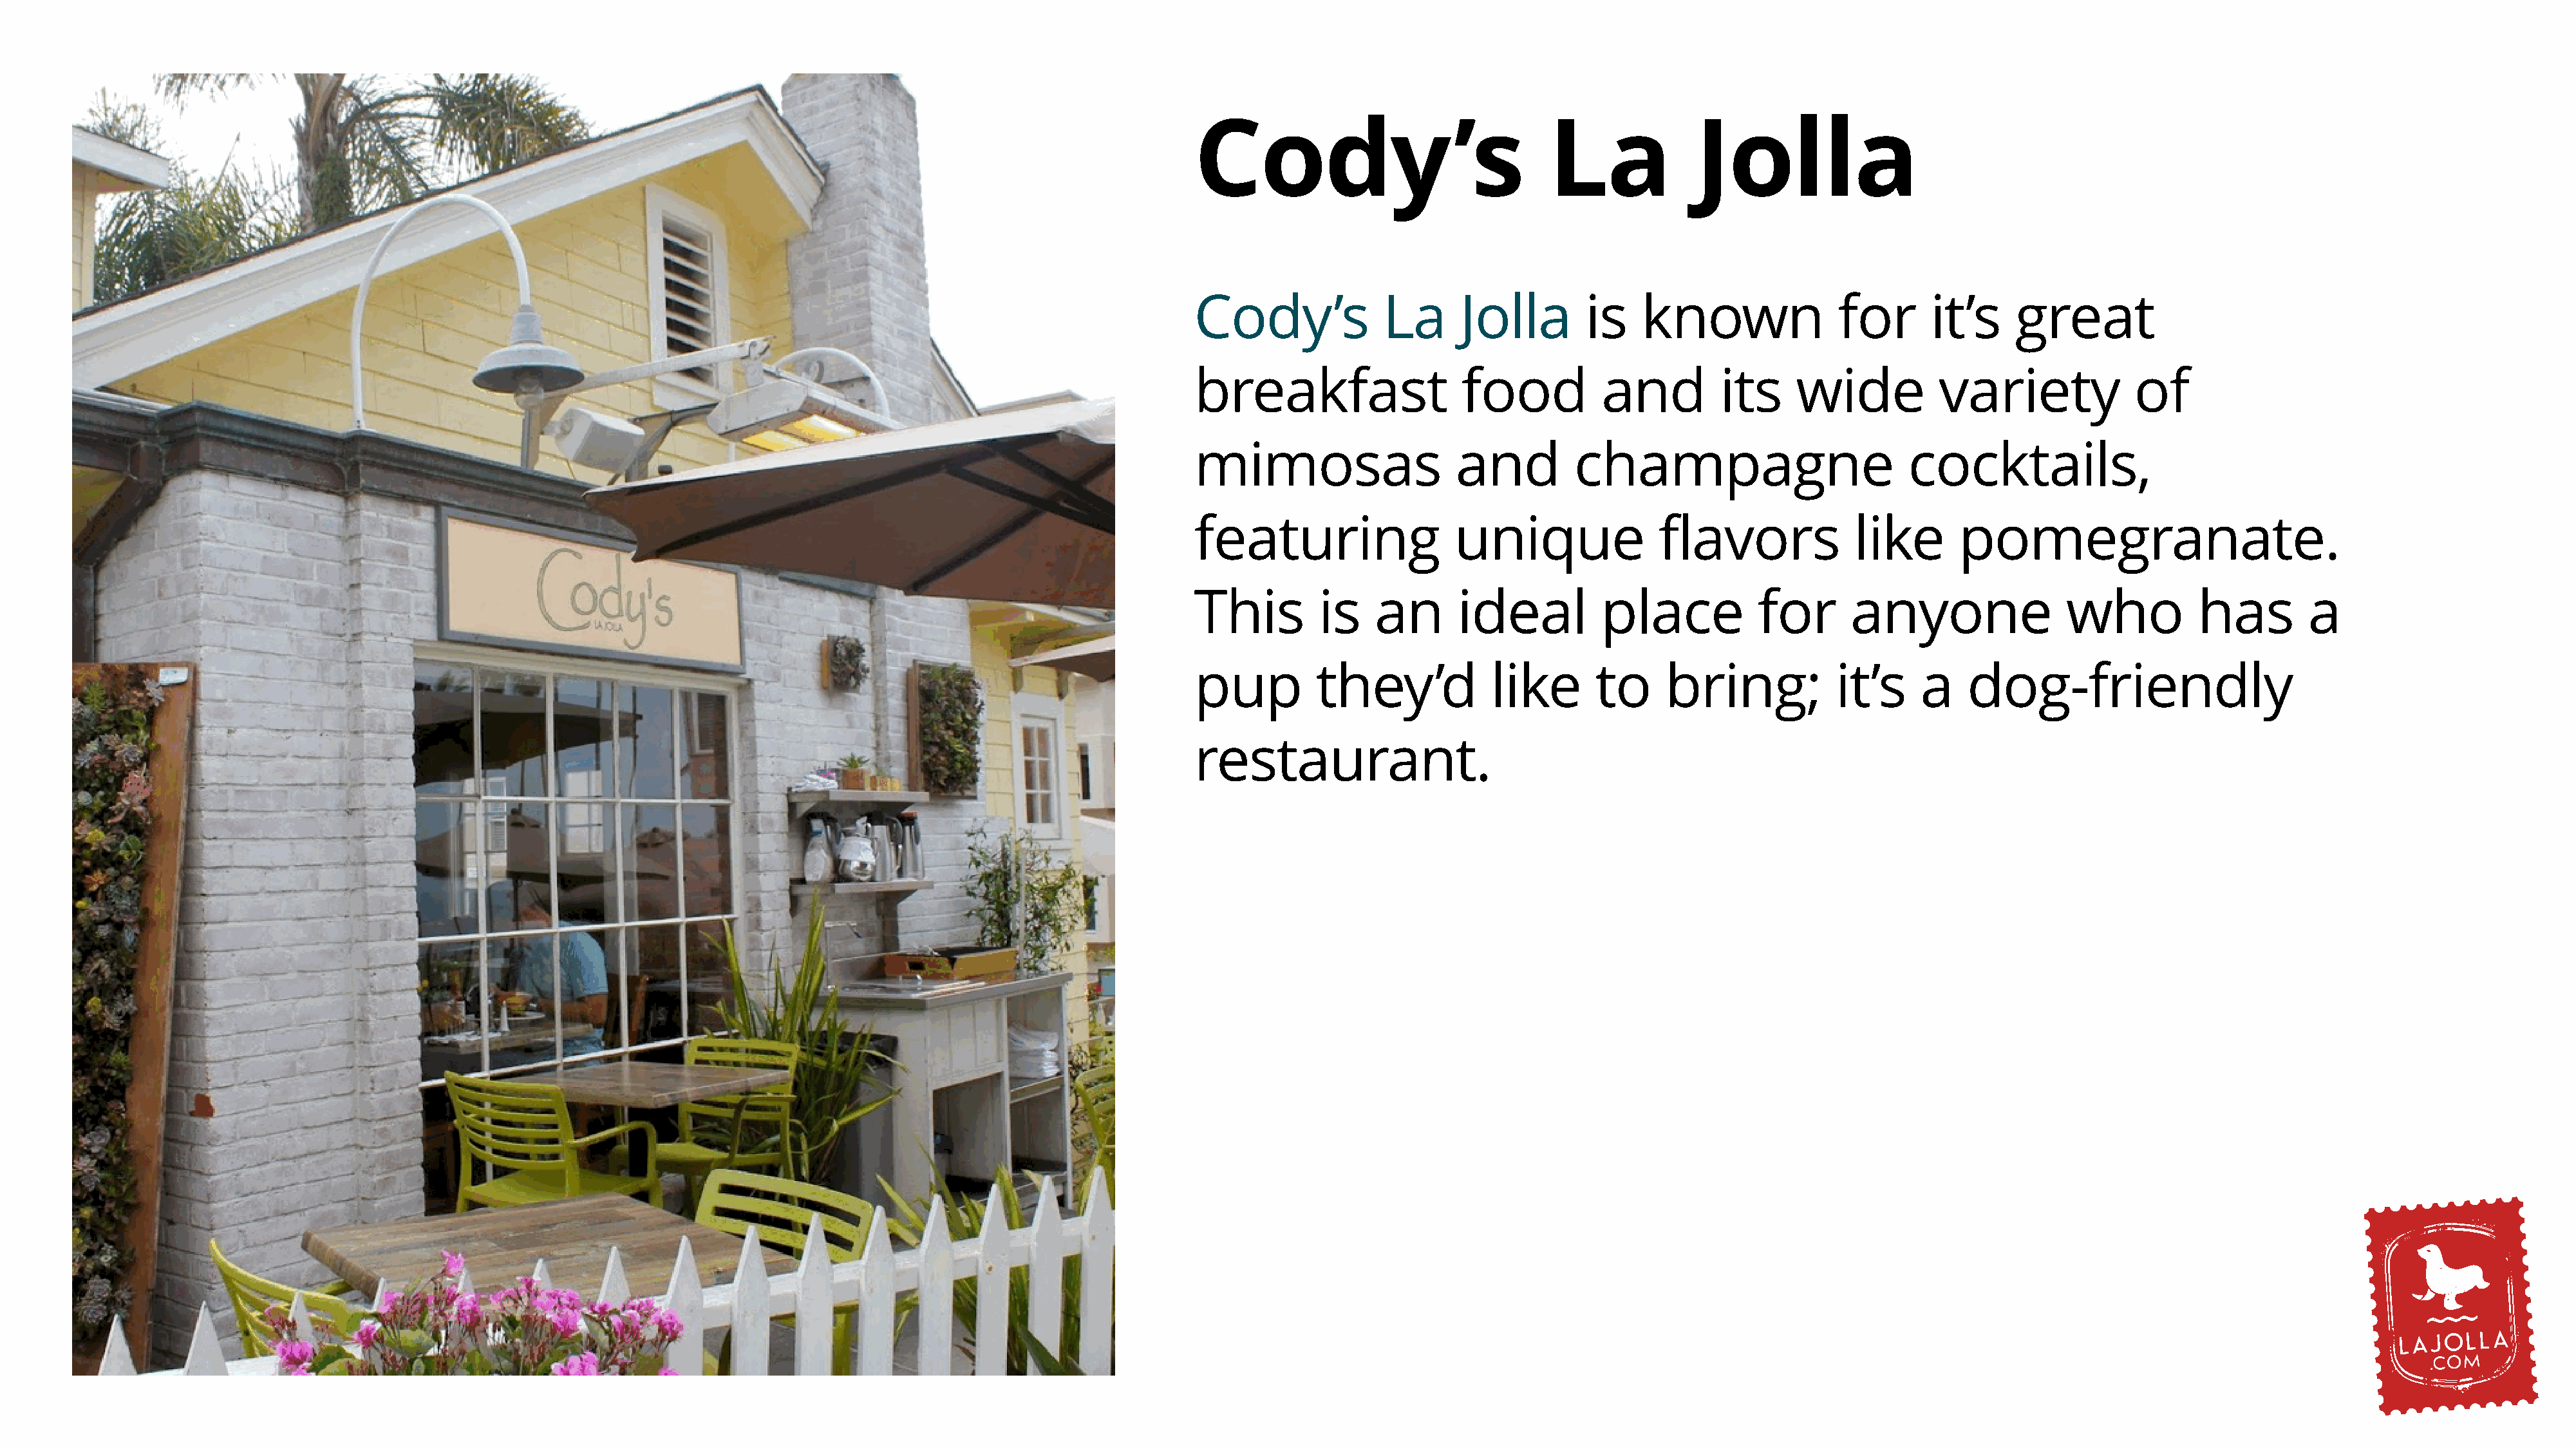
Cody’s                              La             Jolla
 Cody’s             La      Jolla        is    known               for      it’s     great
 breakfast                  food           and         its     wide          variety             of
 mimosas                    and         champagne                         cocktails,
 featuring                 unique                flavors             like      pomegranate.
 This         is   an       ideal          place           for      anyone                who           has        a
 pup         they’d            like       to     bring;            it’s    a    dog-friendly
 restaurant.